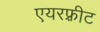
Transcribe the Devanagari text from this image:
एयरफ़्रीट